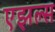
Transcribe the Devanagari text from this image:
एझल्स